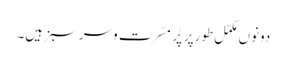
دونوں مکمّل طورپر پُر مسّرت وسرسبز ہیں۔